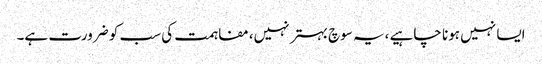
ایسا نہیں ہونا چاہیے ،یہ سوچ بہتر نہیں، مفاہمت کی سب کو ضرورت ہے۔